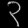
Digit: ၃